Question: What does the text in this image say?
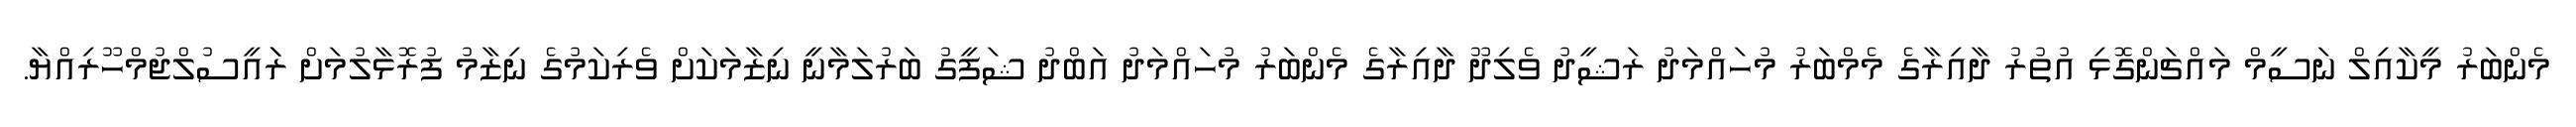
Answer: މެންބަރު މީކާއިލް ނަސީމް މައްޗަންގޮޅި އުތުރު ދާއިރާގެ މެމްބަރު މުހައްމަދު ރަޝީދު ވެލިދޫ ދާއިރާގެ މެންބަރު މުހައްމަދު އަބްދު ޝަފީގު ބަރުލަމާނީ ނިޒާމަކަށް ވެރިކަމުގެ ނިޒާމު ފުރޮޅާލުމަށް ރަައީސުލްޖުމްހޫރިއްޔާ.